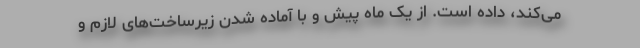
می‌کند، داده است. از یک ماه پیش و با آماده شدن زیرساخت‌های لازم و